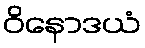
ဝိနောဒယံ